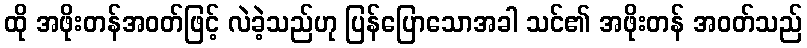
ထို အဖိုးတန်အဝတ်ဖြင့် လဲခဲ့သည်ဟု ပြန်ပြောသောအခါ သင်၏ အဖိုးတန် အဝတ်သည်